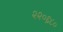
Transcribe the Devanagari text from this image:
२२०६८०